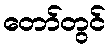
တော်တွင်